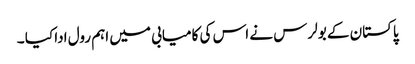
پاکستان کے بولرس نے اس کی کامیابی میں اہم رول ادا کیا ۔